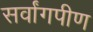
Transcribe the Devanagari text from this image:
सर्वांगपीण